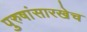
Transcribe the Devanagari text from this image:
पुरुषांसारखेच